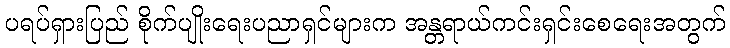
ပရပ်ရှားပြည် စိုက်ပျိုးရေးပညာရှင်များက အန္တရာယ်ကင်းရှင်းစေရေးအတွက်